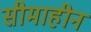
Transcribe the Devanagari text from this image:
सीमाहीन